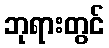
ဘုရားတွင်